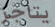
يتاجر